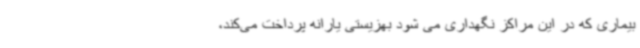
بیماری که در این مراکز نگهداری می شود بهزیستی یارانه پرداخت می‌کند،